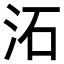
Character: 沰